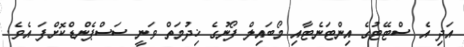
އަދި އެ ސްޓޭޓުގެ އިންޓަނެޓާއި މޯބައިލް ފޯނުގެ ޚިދުމަތް ވަނީ ސަސްޕެންޑްކޮށްފަ އެވެ.